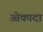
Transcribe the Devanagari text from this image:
ओकादा